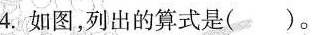
4.如图，列出的算式是()。